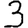
Digit: 3